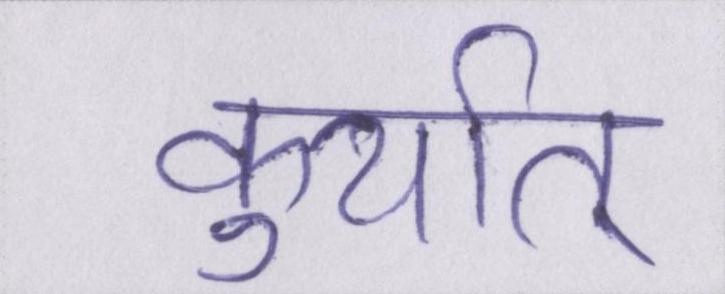
कुर्यात्